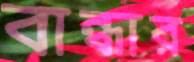
বান্ধার